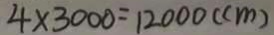
4 \times 3 0 0 0 = 1 2 0 0 0 ( c m )